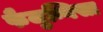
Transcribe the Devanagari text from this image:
फैजुन्निसा